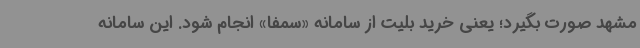
مشهد صورت بگیرد؛ یعنی خرید بلیت از سامانه «سمفا» انجام شود. این سامانه